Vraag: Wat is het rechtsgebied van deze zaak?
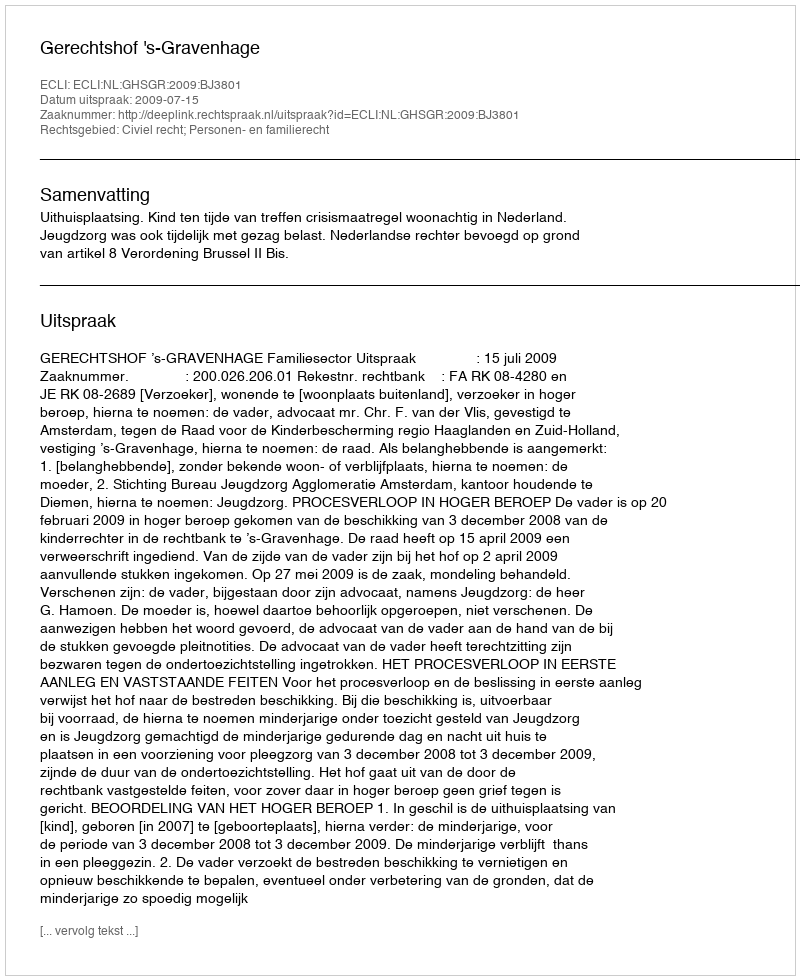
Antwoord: Civiel recht; Personen- en familierecht